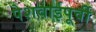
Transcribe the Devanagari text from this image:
पेशवाईपूर्वी